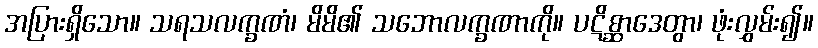
အပြားရှိသော။ သရသလက္ခဏံ၊ မိမိ၏ သဘောလက္ခဏာကို။ ပဋိစ္ဆာဒေတွာ၊ ဖုံးလွှမ်း၍။